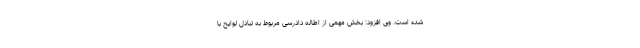
شده است. وی افزود: بخش مهمی از اطاله دادرسی مربوط به تبادل لوایح با